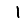
Digit: 1